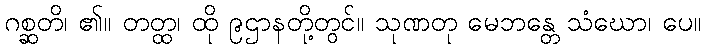
ဂစ္ဆတိ၊ ၏။ တတ္ထ၊ ထို ၉ဌာနတို့တွင်။ သုဏတု မေဘန္တေ သံဃော၊ ပေ။